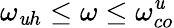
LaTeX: \omega_{\mathit{u}h}\leq\omega\leq\omega_{co}^{\mathit{u}}